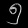
Digit: ၅